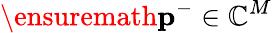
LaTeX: \ensuremath{\mathbf{p}}^{-}\in\mathbb{C}^{M}